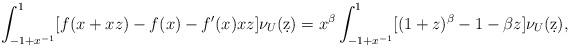
LaTeX: \begin{align*}\int_{-1+x^{-1}}^1 [ f(x + x z) - f(x) - f'(x) x z] \nu_U (\d z)= x^\beta \int_{-1+x^{-1}}^1 [ (1 + z)^\beta - 1 - \beta z] \nu_U (\d z),\end{align*}